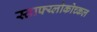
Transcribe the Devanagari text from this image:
स्ताफ्य्लोकोच्कल